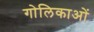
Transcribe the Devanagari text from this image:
गोलिकाओं